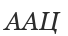
ААЦ